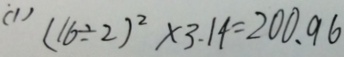
( 1 ) ( 1 6 \div 2 ) ^ { 2 } \times 3 . 1 4 = 2 0 0 . 9 6